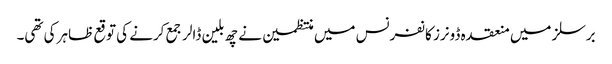
برسلز میں منعقدہ ڈونرز کانفرنس میں منتظمین نے چھ بلین ڈالر جمع کرنے کی توقع ظاہر کی تھی۔